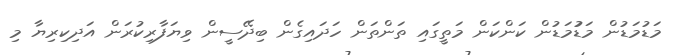
މަޑުމަޑުން މަޑުުމަޑުން ކަންކަން މަތީގައި ތަންތަން ހަދައިގެން ބިދޭސީން ވިޔަފާރިކުރަން އަދިކިރިޔާ މި